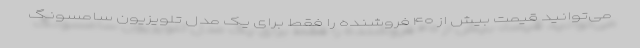
می‌توانید قیمت بیش از ۴۰ فروشنده را فقط برای یک مدل تلویزیون سامسونگ